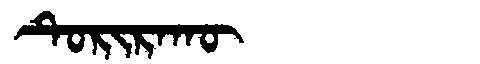
Manchu: ᡨᡠᡵᡳᡵᠠᡴᡡ
Romanization: TURIRAKŪ